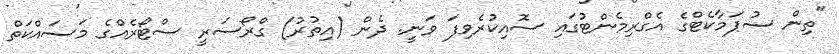
"ތިން ސުޕަމާކެޓްގެ އެގްރިމެންޓުގައި ސޮއިކުރެވިފަ ވަނީ. ދެން (އިތުރު) ގްރޯސަރީ ސްޓޯރެއްގެ މަސައްކަތް